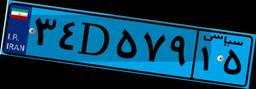
۳۴D۵۷۹۱۵